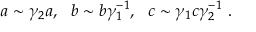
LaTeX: a \sim \gamma _ { 2 } a , ~ ~ b \sim b \gamma _ { 1 } ^ { - 1 } , ~ ~ c \sim \gamma _ { 1 } c \gamma _ { 2 } ^ { - 1 } \ .